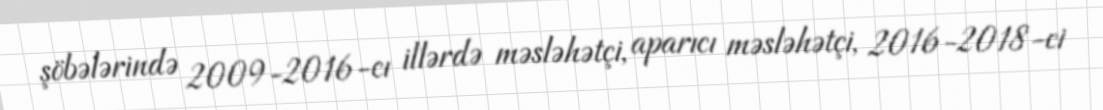
şöbələrində 2009-2016-cı illərdə məsləhətçi, aparıcı məsləhətçi, 2016-2018-ci